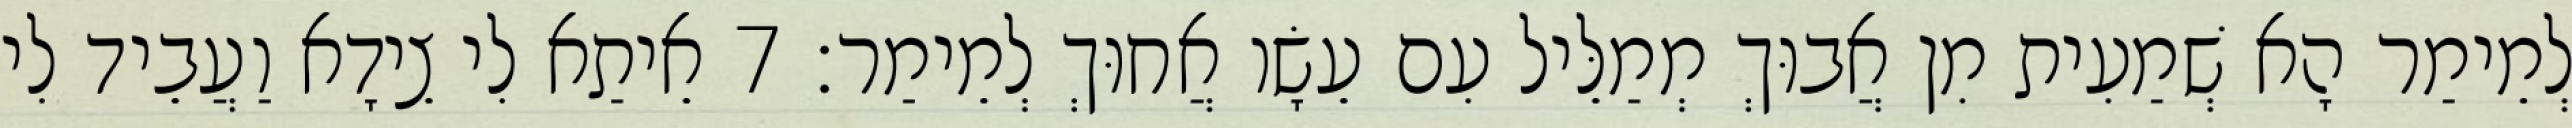
לְמֵימַר הָא שְׁמַעִית מִן אֲבוּךְ מְמַלֵּיל עִם עֵשָׂו אֲחוּךְ לְמֵימַר׃ 7 אֵיתַא לִי צֵידָא וַעֲבֵיד לִי